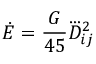
\dot { E } = \frac { G } { 4 5 } \dddot { D } _ { i j } ^ { 2 }